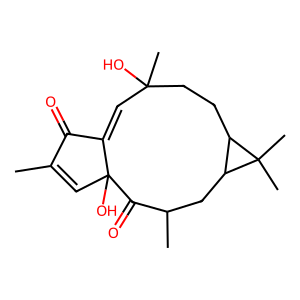
SMILES: CC1=CC2(O)C(=O)C(C)CC3C(CCC(C)(O)C=C2C1=O)C3(C)C
Inhibits HIV replication: No